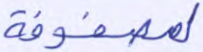
لمصفوفة